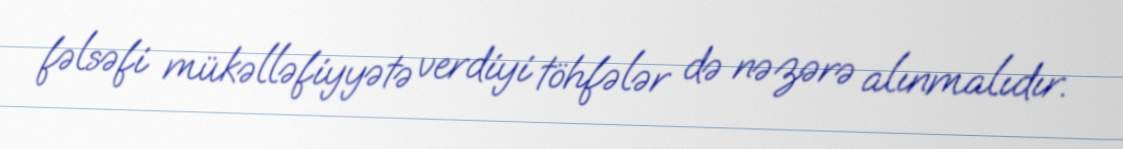
fəlsəfi mükəlləfiyyətə verdiyi töhfələr də nəzərə alınmalıdır.